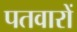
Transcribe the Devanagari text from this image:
पतवारों